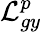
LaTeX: \mathcal{L}_{gy}^{p}